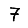
Digit: 7